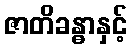
ဇာတိခန္ဓာနှင့်